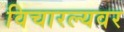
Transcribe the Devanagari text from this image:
विचारल्यवर